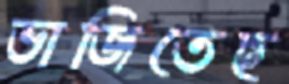
ভাজিতেছ